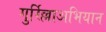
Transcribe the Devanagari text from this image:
गुर्रिल्लाअभियान